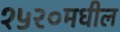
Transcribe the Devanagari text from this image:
१५२०मधील